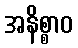
အနိစ္စာဝ